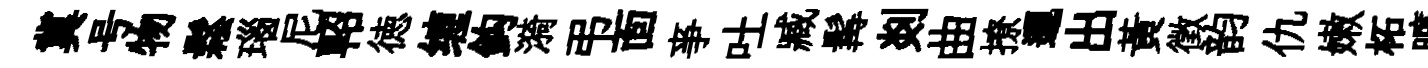
冀号物鬆瑙尼軺徳缠鈎漪弔靣亊吐臧髯剡曲撩邐出黃徵韵仇嫩柘曠